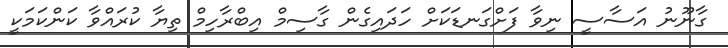
ގާނޫނު އަސާސީ ނިވާ ފަށްގަނޑަކަށް ހަދައިގެން ގާސިމް އިބްރާހިމް ތިޔާ ކުރައްވާ ކަންކަމަކީ